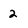
Character: 2